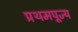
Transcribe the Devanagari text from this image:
प्रथमपूज्य